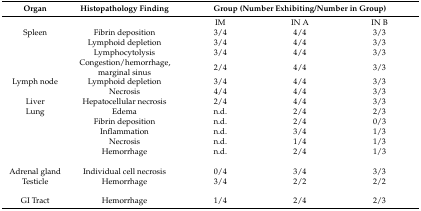
| Organ | Histopathology Finding | <COLSPAN=3> Group (Number Exhibiting/Number in Group) |
 | --- | --- | --- | --- | --- |
 |  |  | IM | IN A | IN B |
 | Spleen | Fibrin deposition | 3/4 | 4/4 | 3/3 |
 |  | Lymphoid depletion | 3/4 | 4/4 | 3/3 |
 |  | Lymphocytolysis | 3/4 | 4/4 | 3/3 |
 |  | Congestion/hemorrhage, marginal sinus | 2/4 | 4/4 | 3/3 |
 | Lymph node | Lymphoid depletion | 3/4 | 4/4 | 3/3 |
 |  | Necrosis | 4/4 | 4/4 | 3/3 |
 | Liver | Hepatocellular necrosis | 2/4 | 4/4 | 3/3 |
 | Lung | Edema | n.d. | 2/4 | 2/3 |
 |  | Fibrin deposition | n.d. | 2/4 | 0/3 |
 |  | Inflammation | n.d. | 3/4 | 1/3 |
 |  | Necrosis | n.d. | 1/4 | 1/3 |
 |  | Hemorrhage | n.d. | 2/4 | 1/3 |
 | Adrenal gland | Individual cell necrosis | 0/4 | 3/4 | 3/3 |
 | Testicle | Hemorrhage | 3/4 | 2/2 | 2/2 |
 | GI Tract | Hemorrhage | 1/4 | 2/4 | 2/3 |